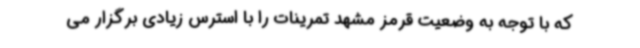
که با توجه به وضعیت قرمز مشهد تمرینات را با استرس زیادی برگزار می